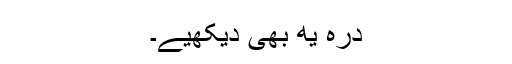
درہ یھ بھی دیکھیے۔